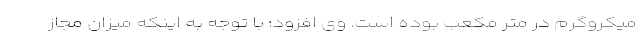
میکروگرم در متر مکعب بوده است. وی افزود: با توجه به اینکه میزان مجاز